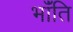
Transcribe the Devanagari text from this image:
भाँंति